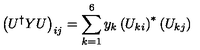
\left( U ^ { \dag } Y U \right) _ { i j } = \sum _ { k = 1 } ^ { 6 } y _ { k } \left( U _ { k i } \right) ^ { * } \left( U _ { k j } \right)